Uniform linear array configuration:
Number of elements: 16
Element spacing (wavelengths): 0.25
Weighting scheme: kaiser
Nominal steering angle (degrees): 15
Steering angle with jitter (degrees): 13.285
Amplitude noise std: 0.05
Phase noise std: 0.05

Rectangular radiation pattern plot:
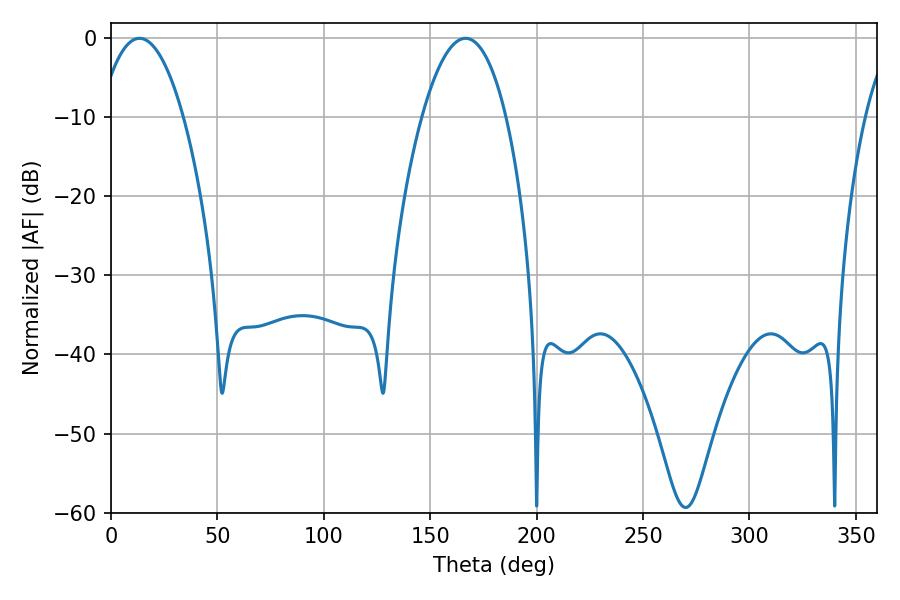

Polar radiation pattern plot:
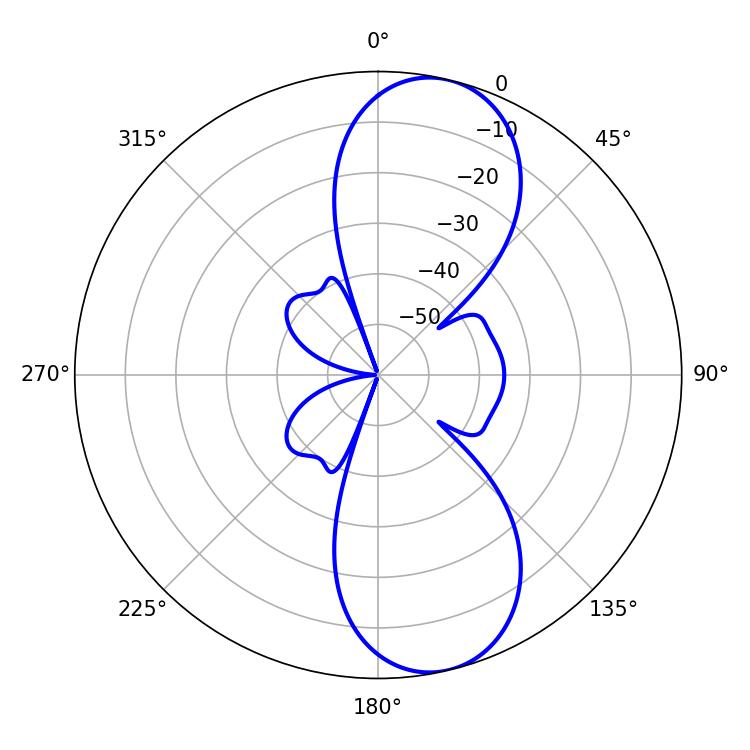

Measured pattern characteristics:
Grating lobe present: FALSE
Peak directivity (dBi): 10.148
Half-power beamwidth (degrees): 21.96
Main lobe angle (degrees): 13.32